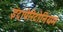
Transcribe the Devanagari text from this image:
इंट्रापेरिटोनियम